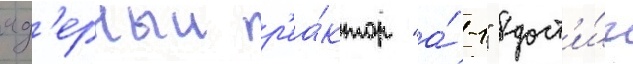
яд'ерныи р'еа́ктор "а́-1" дост'и́г